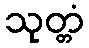
သုတ္တံ